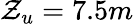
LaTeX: \mathcal{Z}_{u}=7.5m